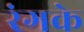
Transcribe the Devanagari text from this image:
रंगके